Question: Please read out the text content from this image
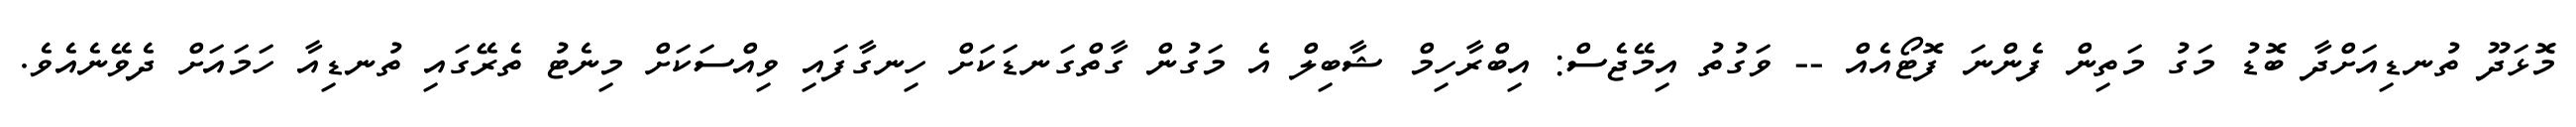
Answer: މޮޅަދޫ ތުނޑިއަށްދާ ބޮޑު މަގު މަތިން ފެންނަ ފޮޓޯއެއް -- ވަގުތު އިމޭޖެސް: އިބްރާހިމް ޝާބިލް އެ މަގުން ގާތްގަނޑަކަށް ހިނގާފައި ވިއްސަކަށް މިނެޓު ތެރޭގައި ތުނޑިއާ ހަމައަށް ދެވޭނެއެވެ.